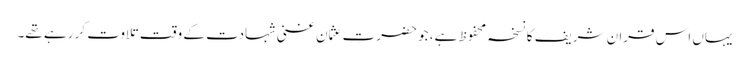
یہاں اس قران شریف کا نسخہ محفوظ ہے، جو حضرتِ عثمان غنی شہادت کے وقت تلاوت کر رہے تھے۔